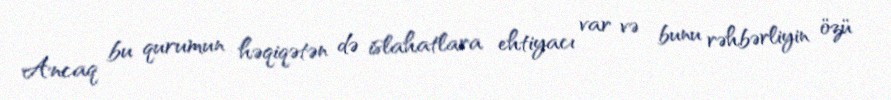
Ancaq bu qurumun həqiqətən də islahatlara ehtiyacı var və bunu rəhbərliyin özü